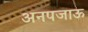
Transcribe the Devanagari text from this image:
अनपजाऊ